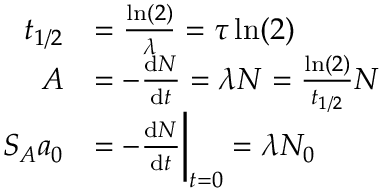
{ \begin{array} { r l } { t _ { 1 / 2 } } & { = { \frac { \ln ( 2 ) } { \lambda } } = \tau \ln ( 2 ) } \\ { A } & { = - { \frac { \mathrm { d } N } { \mathrm { d } t } } = \lambda N = { \frac { \ln ( 2 ) } { t _ { 1 / 2 } } } N } \\ { S _ { A } a _ { 0 } } & { = - { \frac { \mathrm { d } N } { \mathrm { d } t } } { \bigg | } _ { t = 0 } = \lambda N _ { 0 } } \end{array} }